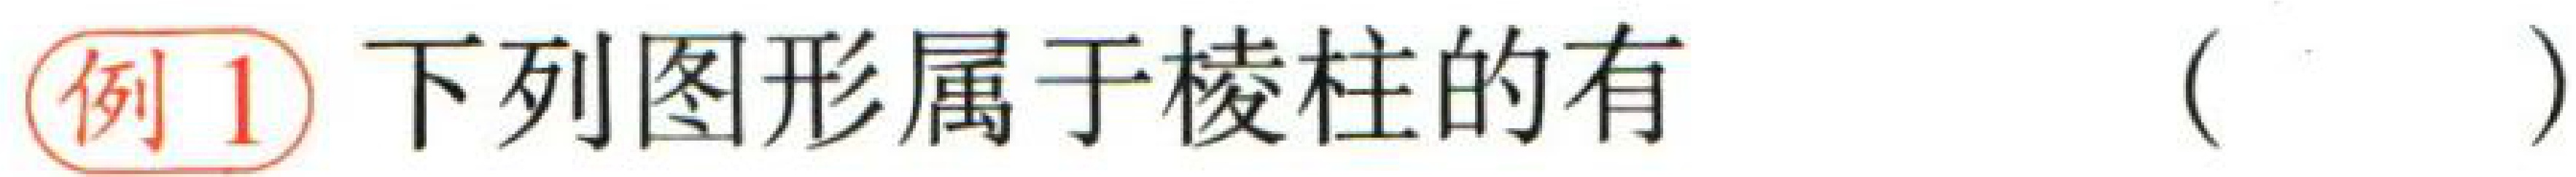
例1 下列图形属于棱柱的有（  ）